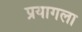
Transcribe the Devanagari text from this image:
प्रयागला